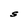
Character: S